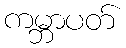
ကမ္ဘာပတ်